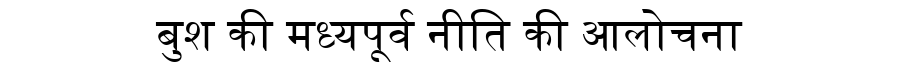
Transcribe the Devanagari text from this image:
बुश की मध्यपूर्व नीति की आलोचना